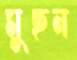
মুছন